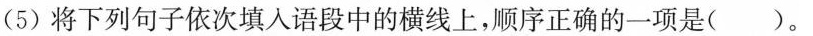
(5)将下列句子依次填入语段中的横线上，顺序正确的一项是()。